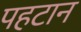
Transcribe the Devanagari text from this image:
पहटान